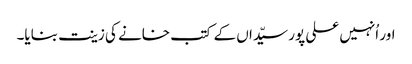
اور اُنہیں علی پور سیّداں کے کتب خانے کی زینت بنایا۔